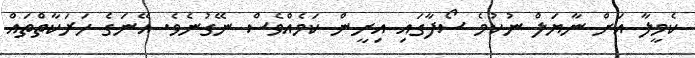
ކެމީލާ އަށް ނާޔަލް ނުކުމެ ސޯފާގައި އިށީން ކަމެއްވެސް ނޭގުނެވެ. އޭނަގެ ހަރަކާތްތައް